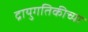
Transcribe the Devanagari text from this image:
द्रायुगतिकीच्या